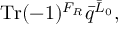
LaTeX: \mathrm { T r } ( - 1 ) ^ { F _ { R } } { \bar { q } } ^ { { \bar { L } } _ { 0 } } ,